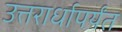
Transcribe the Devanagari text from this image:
उत्तरार्धापर्यंत